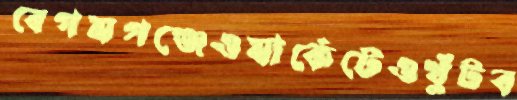
বেগমগঞ্জেওমার্কেটেওখুঁটব